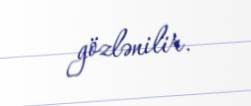
gözlənilir.